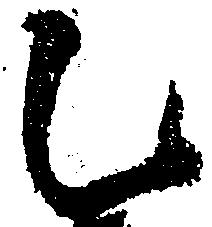
乙